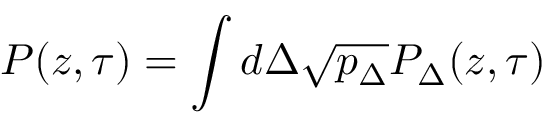
P ( z , \tau ) = \int d \Delta \sqrt { p _ { \Delta } } P _ { \Delta } ( z , \tau )